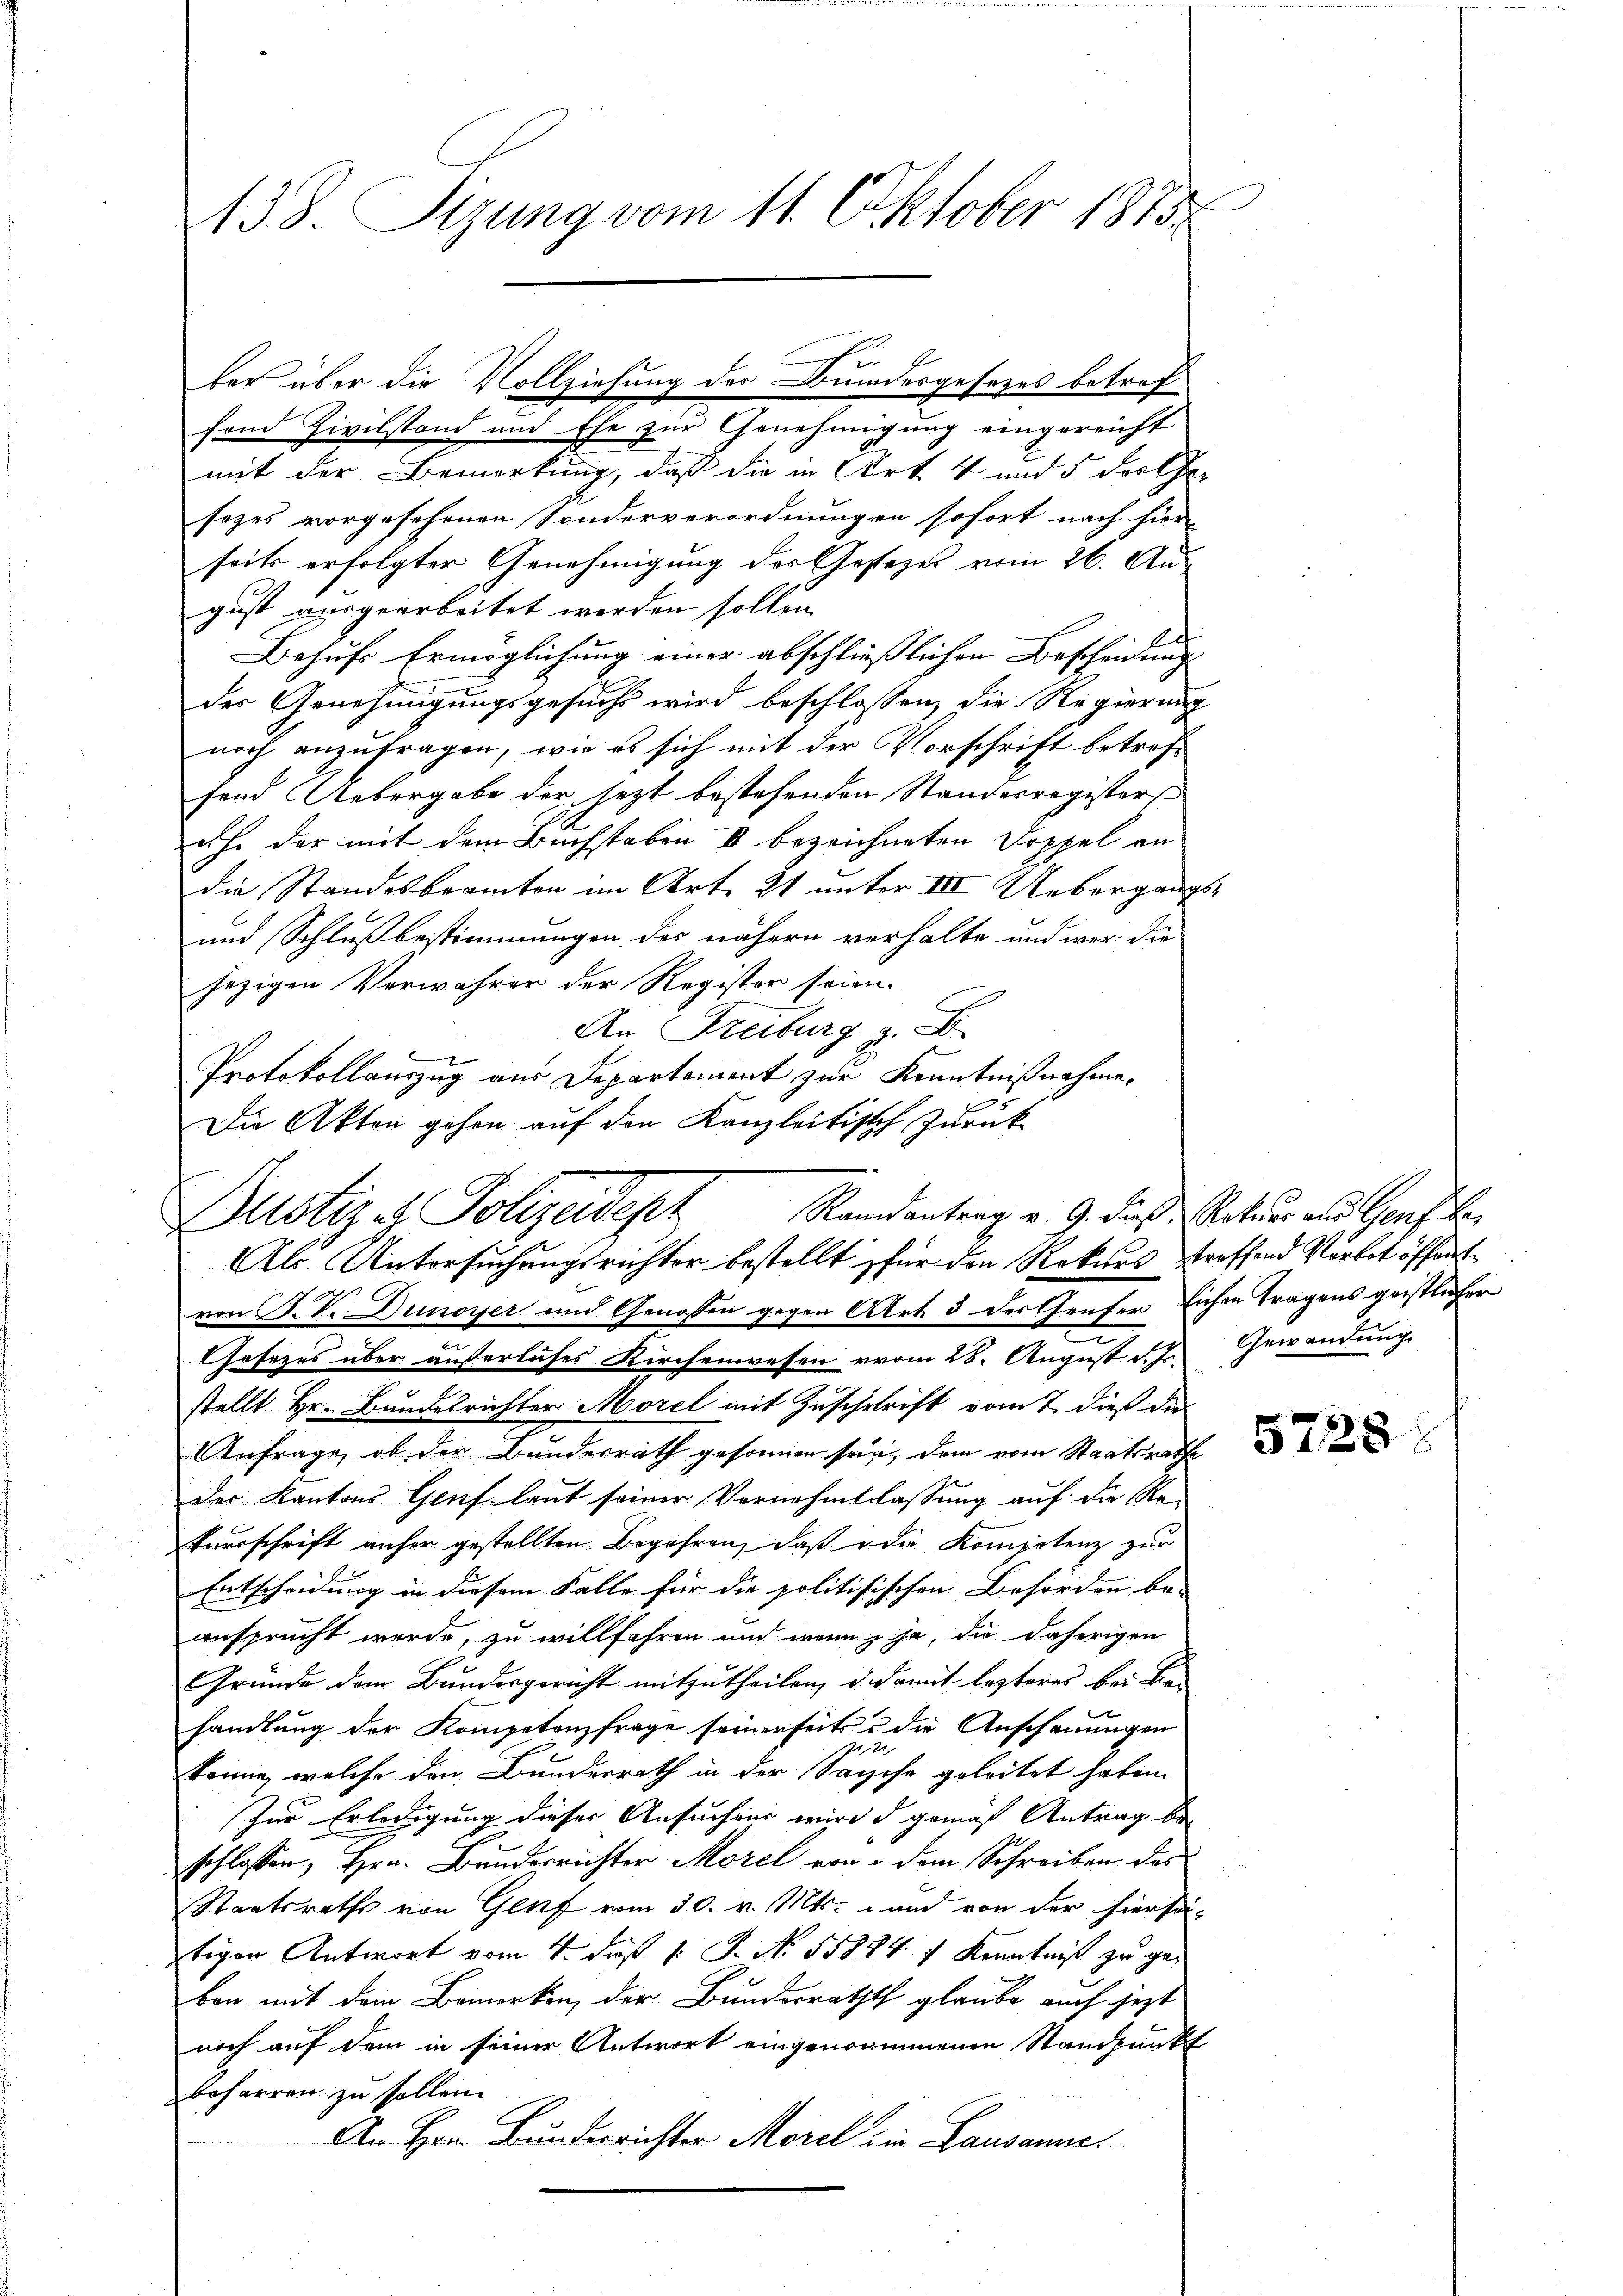
138. Sizung vom 11. Oktober 1815

fend Civilstand und Ehe zur Genehmigung eingereicht
mit der Bemerkung, daß die in Art. 4 und 5 dorthe
sezes vorgeschenen Sonderverordnungen sofort nach hier-
seits erfolgter Genehmigung der Gesezes vom 26. August ausgearbeitet werden sollen.
b
Behufs Ermöglichung einer abschließlichen Bescheidung
der Genehmigungsgesuchs wird beschlossen, die Regierung
noch anzufragen, wie es sich mit der Vorschrift betroff
fand Uebergabe der jezt bestehenden Standesregisters
uhe der mit dem Buchstaben 8 bezeichneten Doppel andie Standesbeamten im Art. 21 unter III Uebergangs¬
und Schlußbestimmungen des nähern verhalte und war die
jezigen Verwahren der Register seien.
An Freiburg z. B.
Protokollauszug aus Departement zur Kenntnißnahme.
von K. V. Dunoyer und Genossen gegen Art 3 der Genfer sichen Tragens geistlicher
Gosezes über äußerliches Kirchenwesen vom 28. August d. J. Gewendung
stellt Hr. Bundesrichter Morel mit Zuschetrift vom 7. dieß die
Anfrage, ob der Bundesrath gesonnen sein, dem vom Staatsrathe
der Kantons Genf laut seiner Vernehmtlassung auf die Re-
turschrift anher gestellten Begehren, daß die Kompetenz zur
Entscheidung in diesem Falle für die politisischen Behörden be-
ansprucht werde, zu willfahren und wenn ja, die daherigen
Gründe dem Bundesgericht mitzutheilen, d. damit lezteres bei Be-
handlung der Kompetenzfrage seinerseits u die Anschauungen
7
könne, welche den Bundesrath in der Sache geleitet haben.
Zur Erledigung dieser Ansuchens wird d gemäß Antrag beschlossen, Hrn. Bunderrichter Morel von u dem Schreiben des
Staatsraths von Genf vom 30. v. Mts. und von der hierse
tigen Antwort vom 1. daß 1. P. N. 55884 f Kenntniß zu gebon mit dem Bemerken, der Bundesrathes glaube auch jetzt
noch auf dem in seiner Antwort eingenommenen Standpunkt
beharren zu sollen.
An Hrn. Bunderrichter Morel in Lausanne

ber über die Vollziehung des Bundesgesetzes betref¬

Die Akten gehen auf den Kanzleitisch zurück
Justiz - Polizeidept Randantrag v. 9. dieß stateur und Genf be
Als Untersuchungsrichter bestellt für den Rekurs Straffend Verbit öffent¬

5728